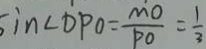
\sin \angle D P O = \frac { M O } { P O } = \frac { 1 } { 3 }